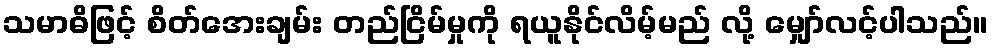
သမာဓိဖြင့် စိတ်အေးချမ်း တည်ငြိမ်မှုကို ရယူနိုင်လိမ့်မည် လို့ မျှော်လင့်ပါသည်။